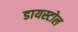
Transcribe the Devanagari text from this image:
डायस्टोल